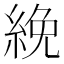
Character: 絻